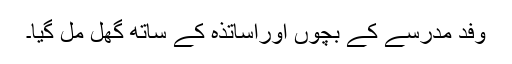
وفد مدرسے کے بچوں اوراساتذہ کے ساتھ گھل مل گیا۔